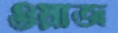
ওয়াজ